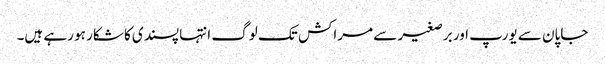
جاپان سے یورپ اور برصغیر سے مراکش تک لوگ انتہا پسندی کا شکار ہو رہے ہیں۔